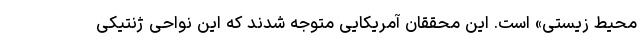
محیط زیستی» است. این محققان آمریکایی متوجه شدند که این نواحی ژنتیکی